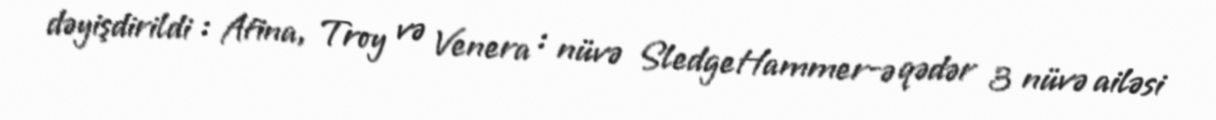
dəyişdirildi : Afina, Troy və Venera : nüvə SledgeHammer-ə qədər 3 nüvə ailəsi